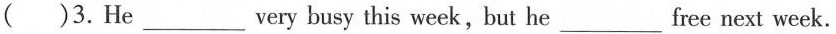
( )3.He___very busy this week, but he___ free next week.